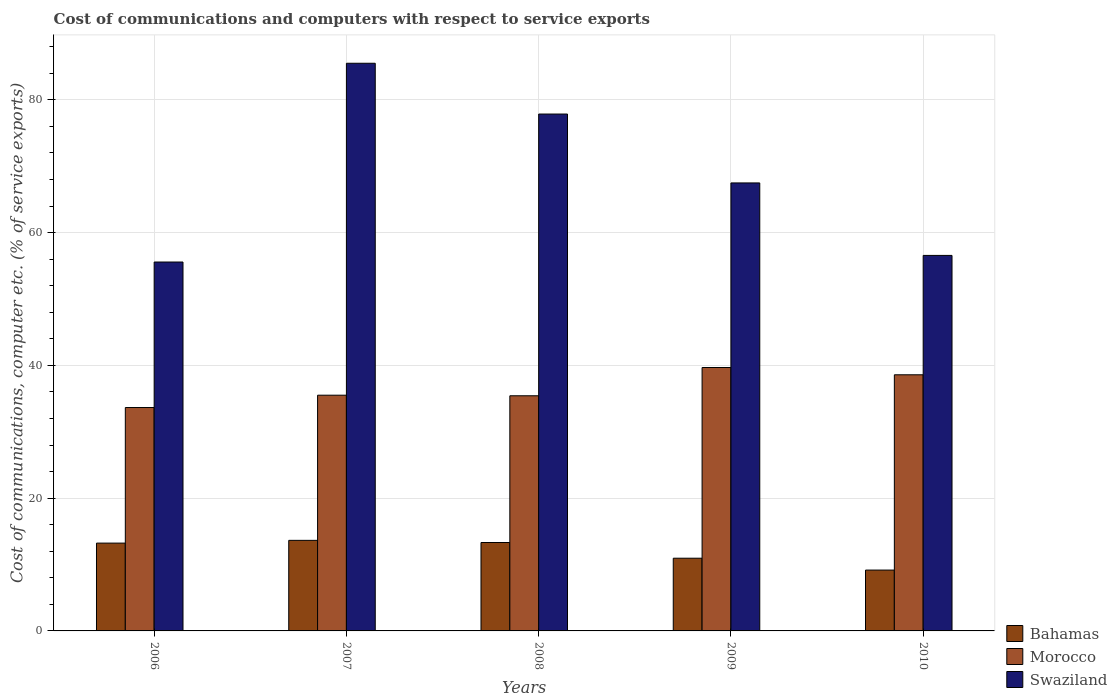
| Years | Bahamas | Morocco | Swaziland |
 | --- | --- | --- | --- |
 | 2006 | 13.2 | 33.6 | 55.6 |
 | 2007 | 13.6 | 35.5 | 85.5 |
 | 2008 | 13.3 | 35.4 | 77.9 |
 | 2009 | 11 | 39.7 | 67.5 |
 | 2010 | 9.17 | 38.6 | 56.6 |